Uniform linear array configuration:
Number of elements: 4
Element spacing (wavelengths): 0.25
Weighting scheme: hann
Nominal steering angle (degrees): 15
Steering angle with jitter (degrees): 15.125
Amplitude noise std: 0.05
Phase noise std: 0.05

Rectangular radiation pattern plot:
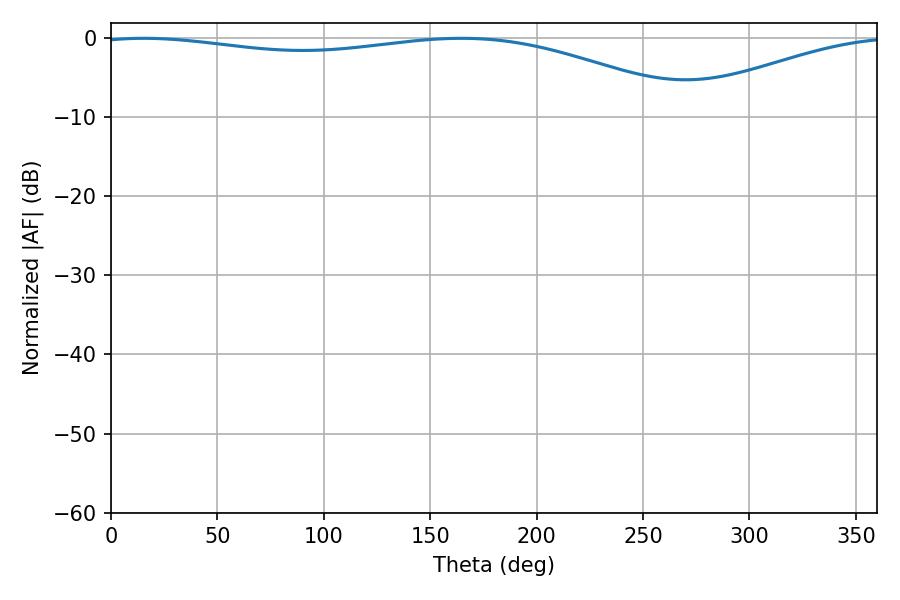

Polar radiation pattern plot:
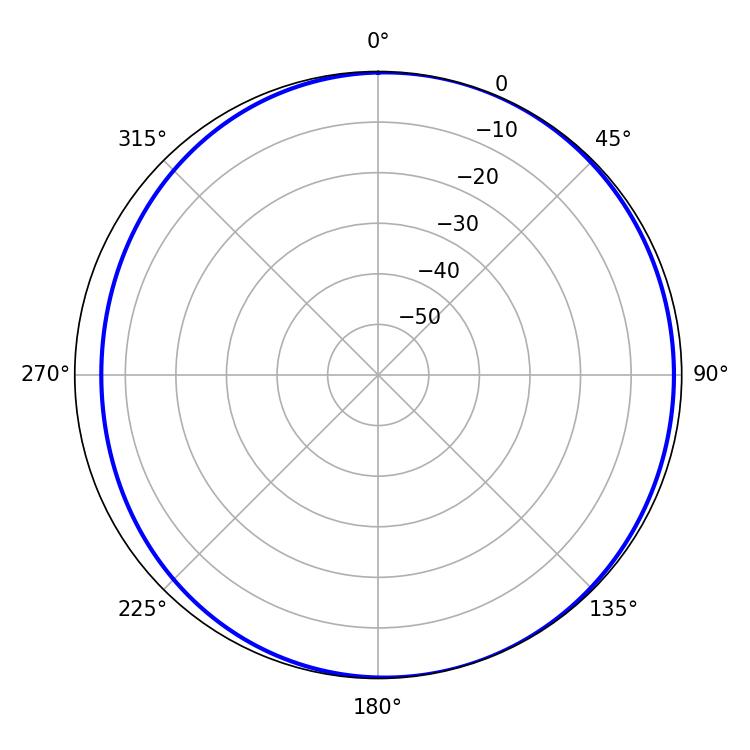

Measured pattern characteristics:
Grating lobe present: FALSE
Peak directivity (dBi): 4.45
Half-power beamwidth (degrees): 227.34
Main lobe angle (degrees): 15.3